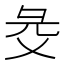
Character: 𢑓